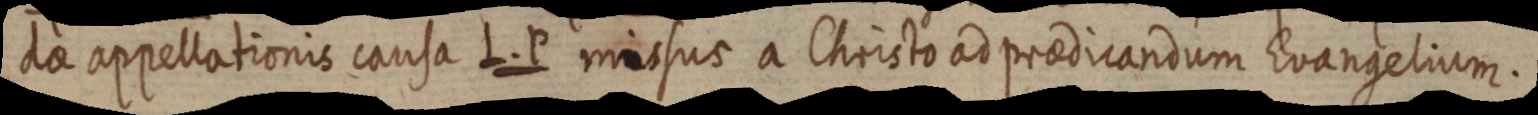
dae appellationis causa L. P missus a Christo ad praedicandum Evangelium.